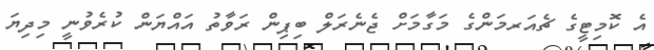
އެ ކޮމިޓީގެ ޗެއަރމަންގެ މަގާމަށް ޖެނެރަލް ބިޕިން ރަވާތު އައްޔަން ކުރެވުނީ މިދިޔަ